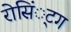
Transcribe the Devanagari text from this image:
रोसिं्टग